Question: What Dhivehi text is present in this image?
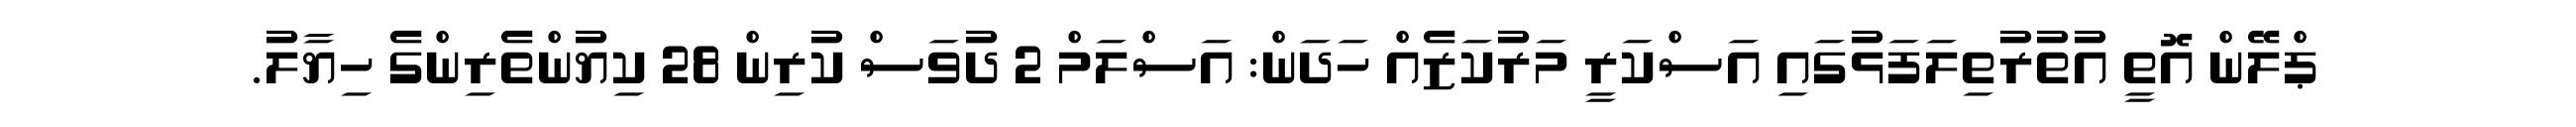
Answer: ޕްލޭން އޮތީ އުތުރުތިލަފަޅުގައި އަސްކަރީ މަރުކަޒެއް ހަދަން: އަސްލަމް 2 ދުވަސް ކުރިން 28 ކިޔުންތެރިންގެ ހިޔާލު.